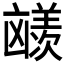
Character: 𪞼